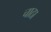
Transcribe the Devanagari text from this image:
चाठा